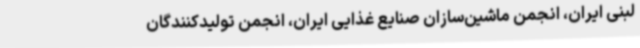
لبنی ایران، انجمن ماشین‌سازان صنایع غذایی ایران، انجمن تولیدکنندگان